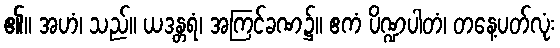
၏။ အဟံ၊ သည်။ ယဒန္တရံ၊ အကြင်ခဏ၌။ ဧကံ ပိဏ္ဍပါတံ၊ တနေ့ပတ်လုံး